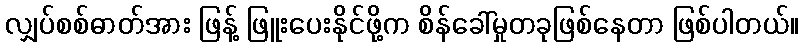
လျှပ်စစ်ဓာတ်အား ဖြန့် ဖြူးပေးနိုင်ဖို့က စိန်ခေါ်မှုတခုဖြစ်နေတာ ဖြစ်ပါတယ်။